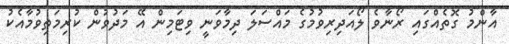
އާންމު ގޮތެއްގައި ރޯނާވެ ލޯއަދިރިވުމުގެ މައްސަލަ ދިމާވަނީ ވިޓަމިން އޭ މަދުވުން ކުރިމަތިވުމާއެކު